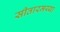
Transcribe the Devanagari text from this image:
सीतारमय्या